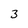
Character: 3